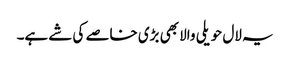
یہ لال حویلی والا بھی بڑی خاصے کی شے ہے۔